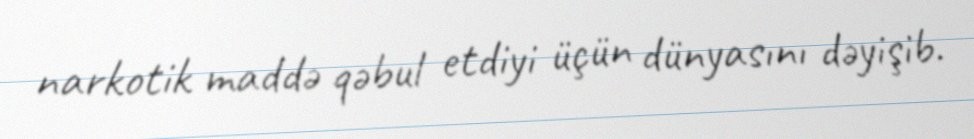
narkotik maddə qəbul etdiyi üçün dünyasını dəyişib.